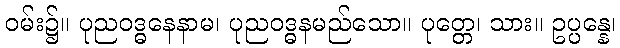
ဝမ်း၌။ ပုညဝဒ္ဓနေနာမ၊ ပုညဝဒ္ဓနမည်သော။ ပုတ္တေ၊ သား။ ဥပ္ပန္နေ၊